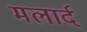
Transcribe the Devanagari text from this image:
मलार्द